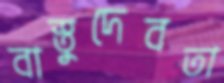
বাস্তুদেবতা